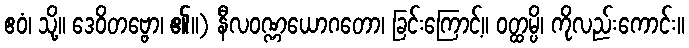
ဧဝံ၊ သို့။ ဒေဝိတဗ္ဗော၊ ၏။) နီလဝဏ္ဏယောဂတော၊ ခြင်းကြောင့်။ ဝတ္ထမ္ပိ၊ ကိုလည်းကောင်း။